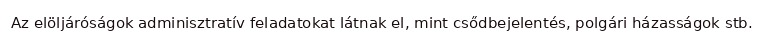
Az elöljáróságok adminisztratív feladatokat látnak el, mint csődbejelentés, polgári házasságok stb.